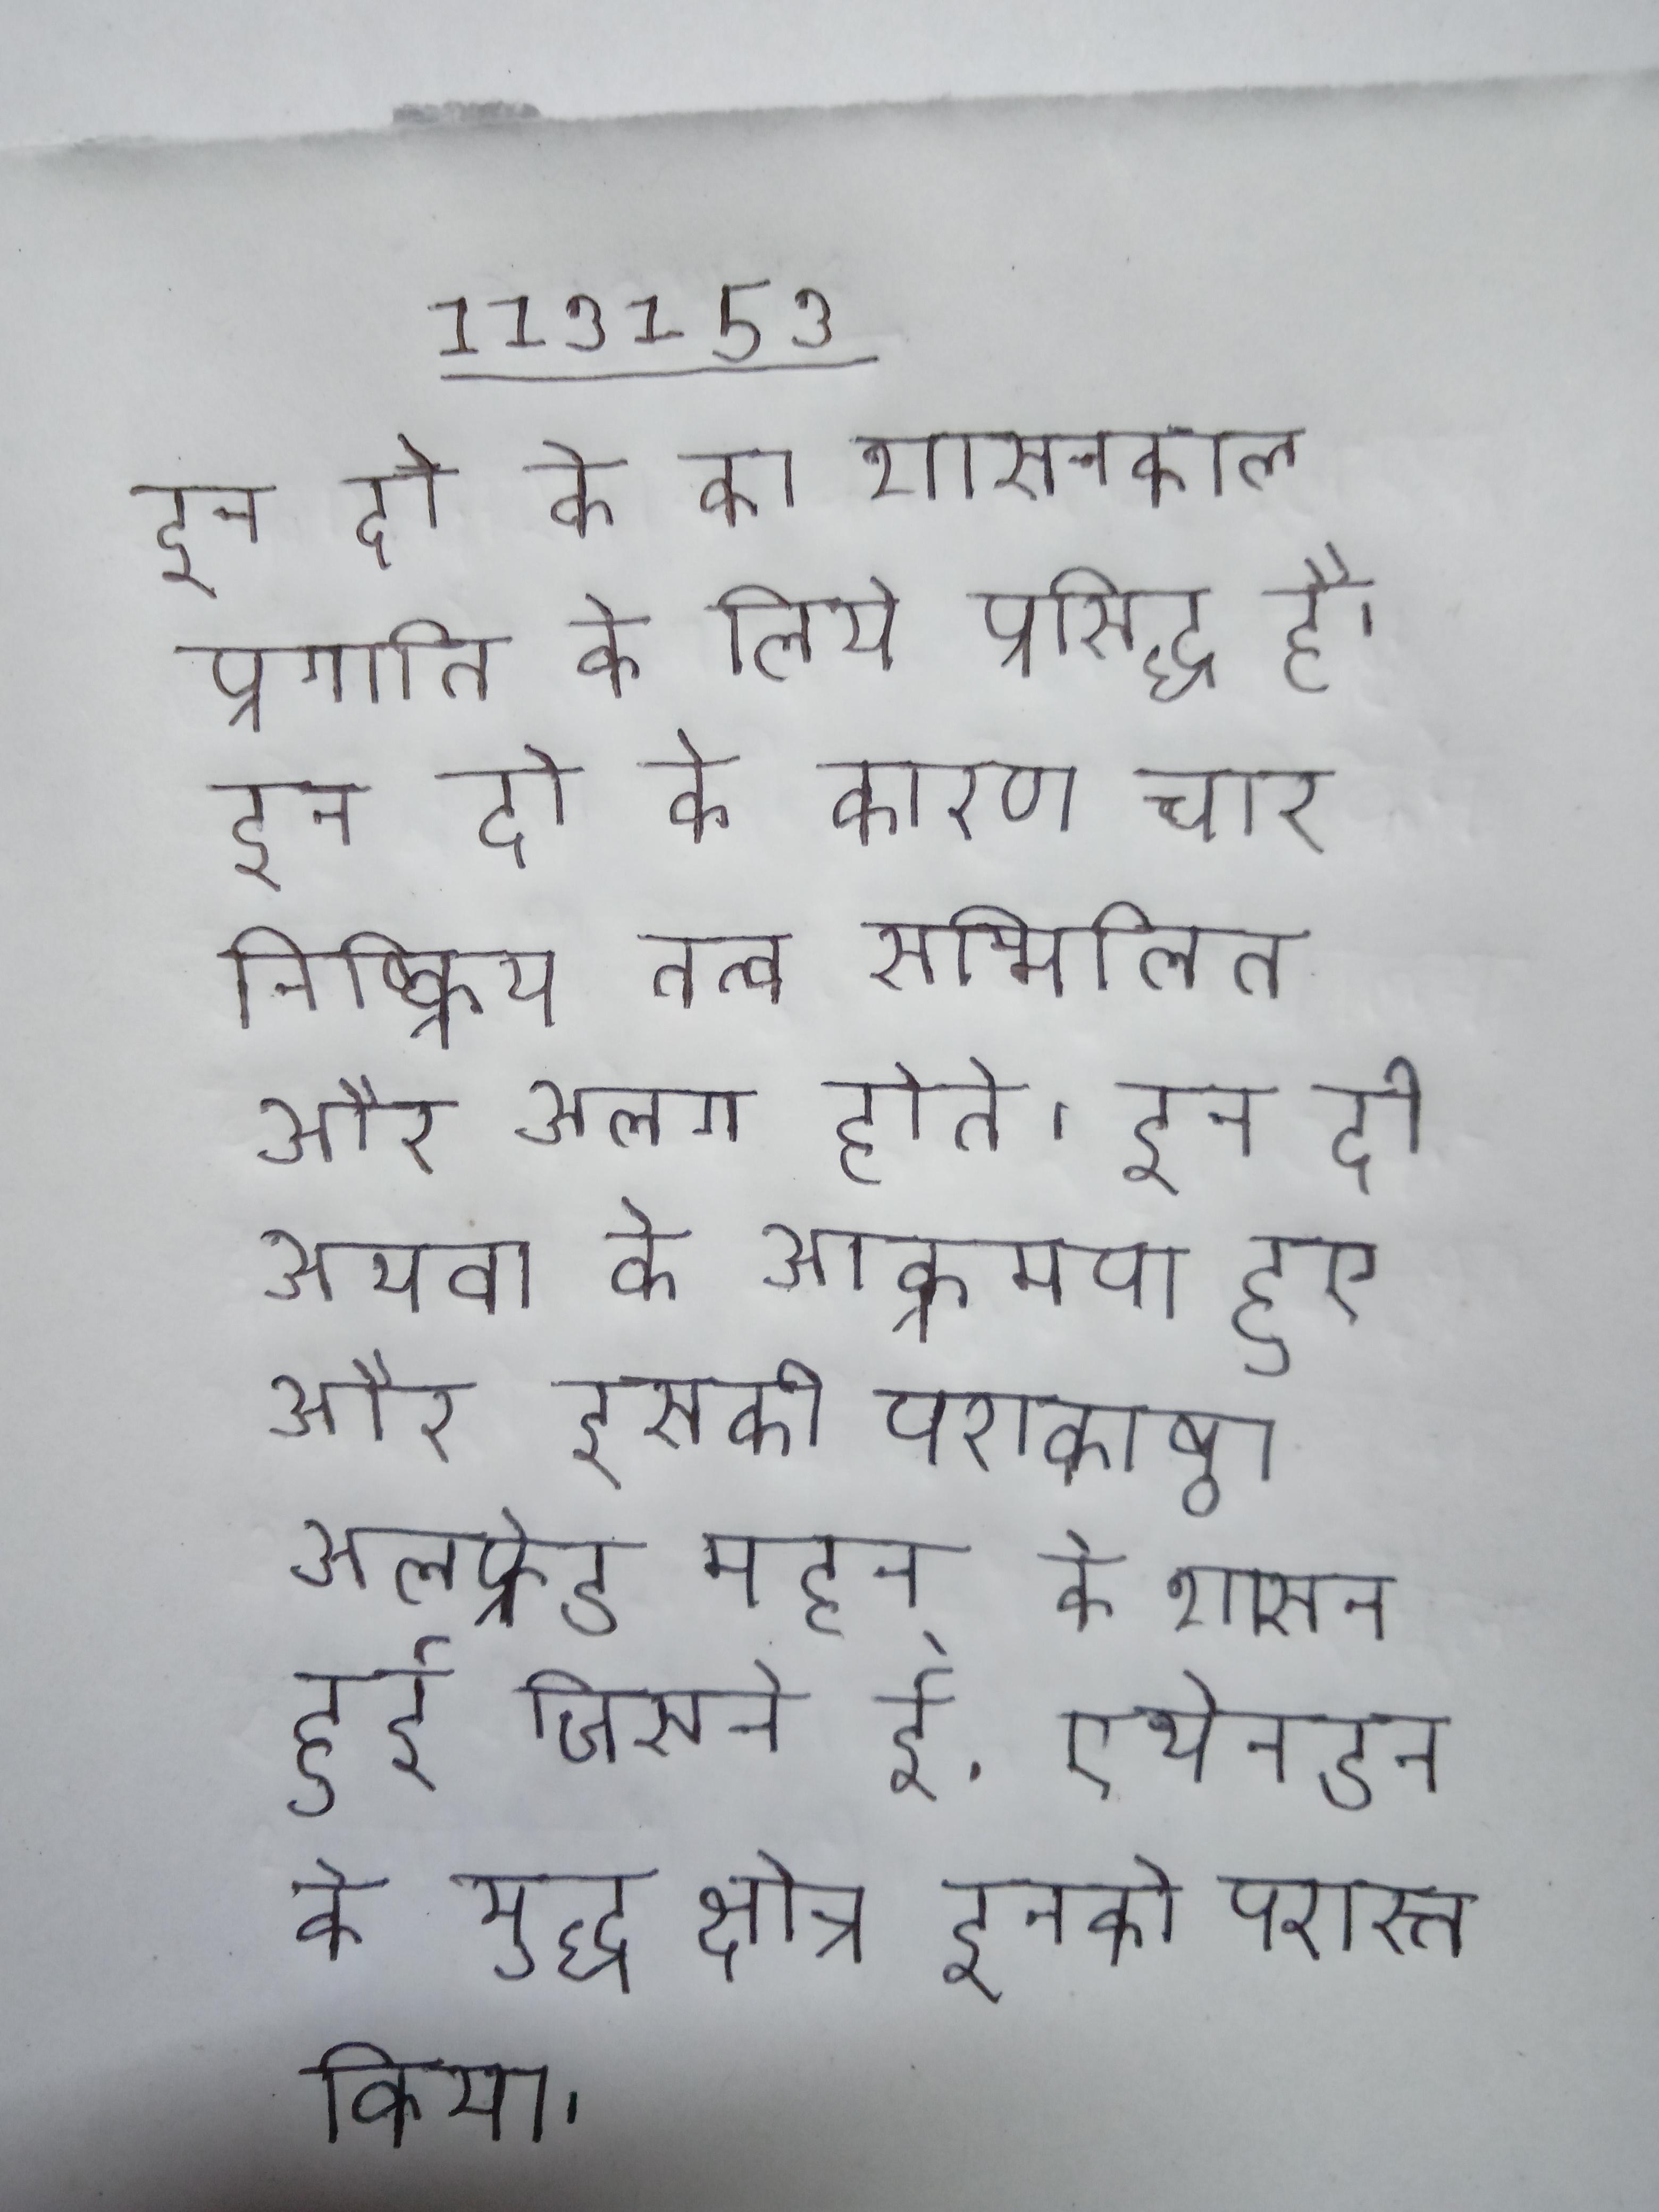
इन दो के का शासनकाल प्रगति के लिये प्रसिद्ध है । इन दो के कारण चार निष्क्रिय तत्व सम्मिलित और अलग होते । इन दो अथवा के आक्रमण हुए और इसकी पराकाष्ठा अलफ्रेड महन् के शासन हुई जिसने ई. एथेनडन के युद्ध क्षेत्र इनको परास्त किया ।